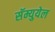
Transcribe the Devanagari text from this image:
सॅम्युयेल